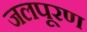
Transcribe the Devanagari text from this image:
जलपूरण